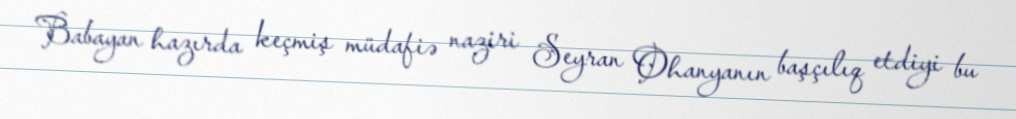
Babayan hazırda keçmiş müdafiə naziri Seyran Ohanyanın başçılıq etdiyi bu